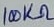
Text: 100KΩ